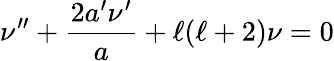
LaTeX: \nu^{\prime\prime}+\frac{2a^{\prime}\nu^{\prime}}{a}+\ell(\ell+2)\nu=0